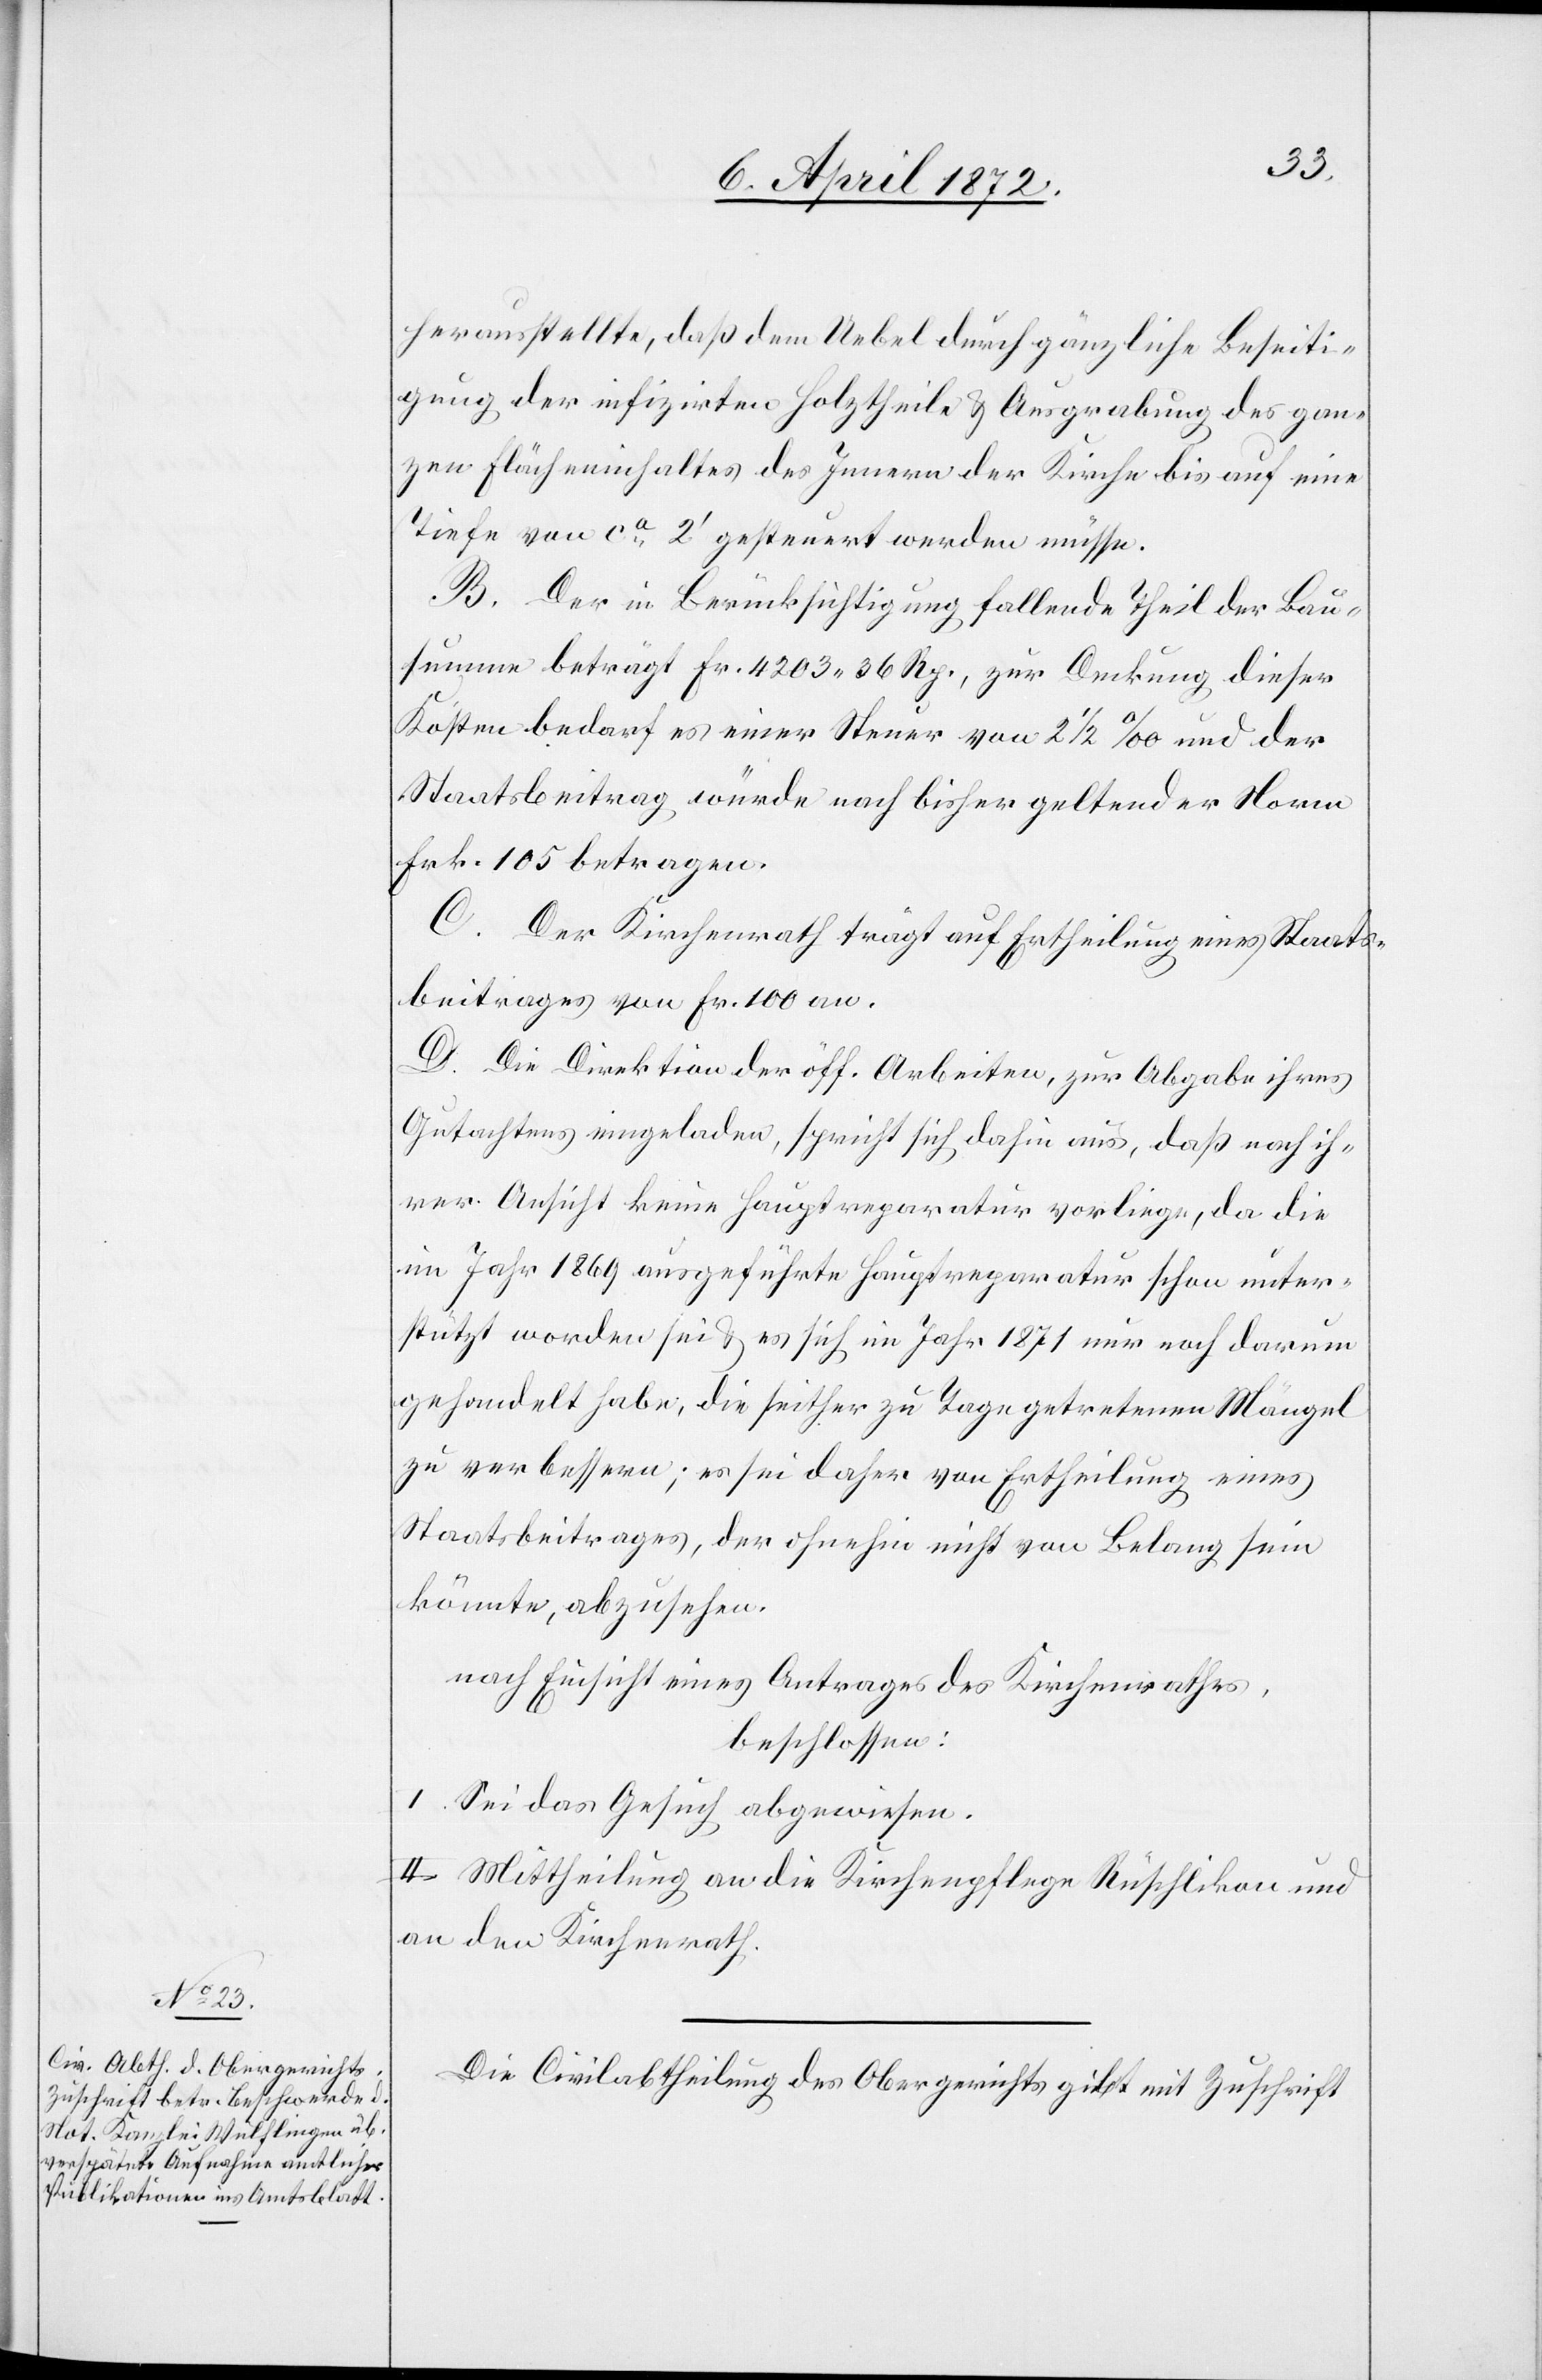
herausstellte, daß dem Uebel durch gänzliche Beseiti¬
gung der infizirten Holztheile u. Ausgrabung des gan¬
zen Flächeninhaltes des Innern der Kirche bis auf eine
Tiefe von ca 2’ gesteuert werden müsse.
B. Der in Berücksichtigung fallende Theil der Bau¬
summe beträgt Fr. 4203,36 Rp., zur Deckung dieser
Kosten bedarf es einer Steuer von 2 1/2 ‰ und der
Staatsbeitrag würde nach bisher geltender Norm
Frk. 105 betragen.
C. Der Kirchenrath trägt auf Ertheilung eines Staats¬
beitrages von Fr. 100 an.
D. Die Direktion der öff. Arbeiten, zur Abgabe ihres
Gutachtens eingeladen, spricht sich dahin aus, daß nach ih¬
rer Ansicht keine Hauptreparatur vorliege, da die
im Jahr 1869 ausgeführte Hauptreparatur schon unter¬
stützt worden sei u. es sich im Jahr 1872 nur noch darum
gehandelt habe, die seither zu Tage getretenen Mängel
zu verbessern; es sei daher von Ertheilung eines
Staatsbeitrages, der ohnehin nicht von Belang sein
könnte, abzusehen.
nach Einsicht eines Antrages des Kirchenrathes,
beschlossen:
I. Sei das Gesuch abgewiesen.
II. Mittheilung an die Kirchenpflege Rüschlikon und
an den Kirchenrath.
Die Civilabtheilung des Obergerichts gibt mit Zuschrift